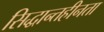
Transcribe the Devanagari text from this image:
सिद्धान्तहीनता